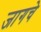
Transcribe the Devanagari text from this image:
जागचे